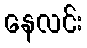
နေလင်း